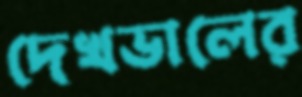
দেখভালের